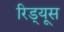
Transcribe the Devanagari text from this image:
रिड्यूस